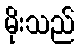
မိုးသည်